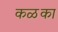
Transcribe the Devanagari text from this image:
कळका